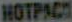
HOTPACH